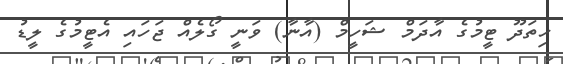
ހިތަދޫ ޓީމުގެ އާދަމް ޝަހީމް (އާނާ) ވަނީ ގޯލެއް ޖަހައި އެޓީމުގެ ލީޑު